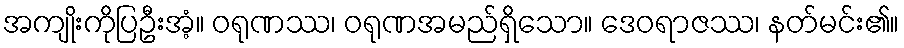
အကျိုးကိုပြဦးအံ့။ ဝရုဏဿ၊ ဝရုဏအမည်ရှိသော။ ဒေဝရာဇဿ၊ နတ်မင်း၏။